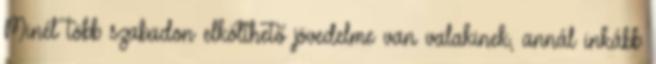
Minél több szabadon elkölthető jövedelme van valakinek, annál inkább